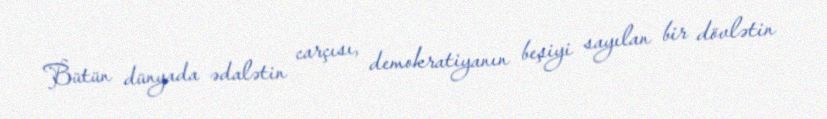
Bütün dünyada ədalətin carçısı, demokratiyanın beşiyi sayılan bir dövlətin